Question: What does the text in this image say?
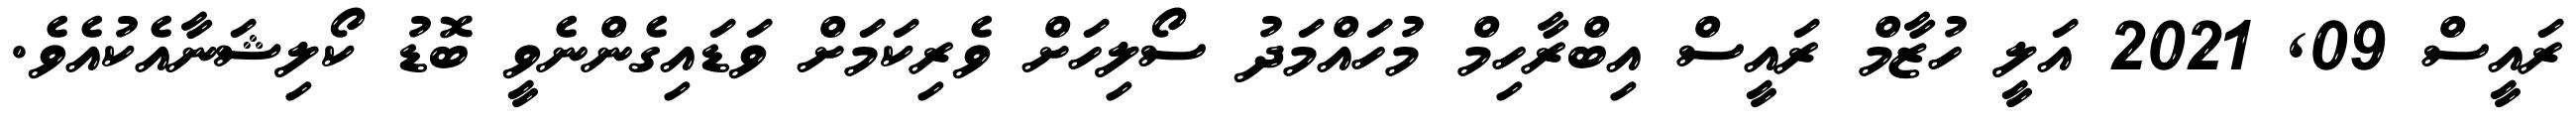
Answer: ރައީސް 09, 2021 އަލީ ހުޒާމް ރައީސް އިބްރާހިމް މުހައްމަދު ސޯލިހަށް ވެރިކަމަށް ވަޑައިގެންނެވީ ބޮޑު ކޯލިޝަނާއެކުއެވެ.